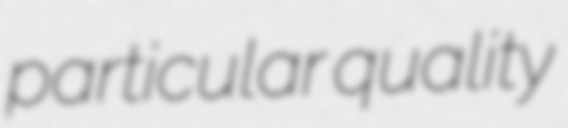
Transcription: particular quality